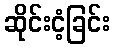
ဆိုင်းငံ့ခြင်း